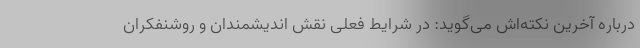
درباره آخرین نکته‌اش می‌گوید: در شرایط فعلی نقش اندیشمندان و روشنفکران